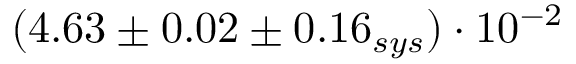
( 4 . 6 3 \pm 0 . 0 2 \pm 0 . 1 6 _ { s y s } ) \cdot 1 0 ^ { - 2 }